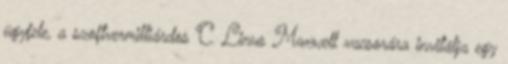
ügyfele, a szoftvermilliárdos C. Linus Maxwell vacsorára invitálja egy